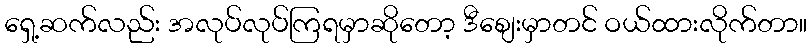
ရှေ့ဆက်လည်း အလုပ်လုပ်ကြရမှာဆိုတော့ ဒီစျေးမှာတင် ဝယ်ထားလိုက်တာ။